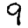
Digit: 9